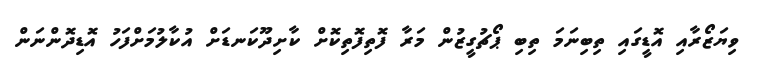
ވިޔަޒޯރާއި އޮޑީގައި ތިބިނަމަ ތިބި ޕޯޗުގީޒުން މަރާ ފޮތިފޮތިކޮށް ކާށިދޫކަނޑަށް އުކާލުމަށްފަހު އޮޑިދޮންނަން